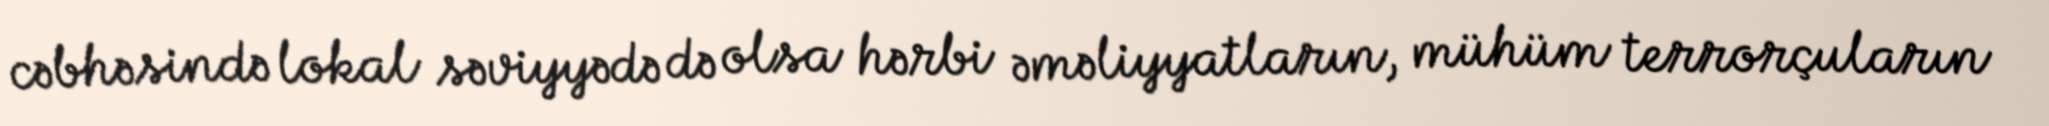
cəbhəsində lokal səviyyədə də olsa hərbi əməliyyatların, mühüm terrorçuların